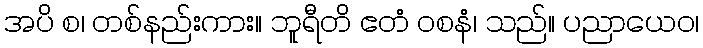
အပိ စ၊ တစ်နည်းကား။ ဘူရီတိ ဧတံ ဝစနံ၊ သည်။ ပညာယေဝ၊